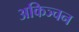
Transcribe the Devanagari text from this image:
अकिञ्चन